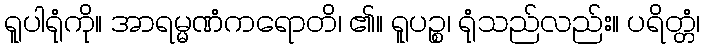
ရူပါရုံကို။ အာရမ္မဏံကရောတိ၊ ၏။ ရူပဉ္စ၊ ရုံသည်လည်း။ ပရိတ္တံ၊